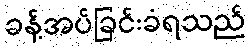
ခန့်အပ်ခြင်းခံရသည်